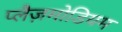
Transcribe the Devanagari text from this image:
प्लैज़मोडियम